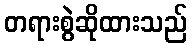
တရားစွဲဆိုထားသည်